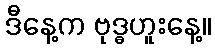
ဒီနေ့က ဗုဒ္ဓဟူးနေ့။